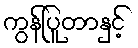
ကွန်ပြူတာနှင့်